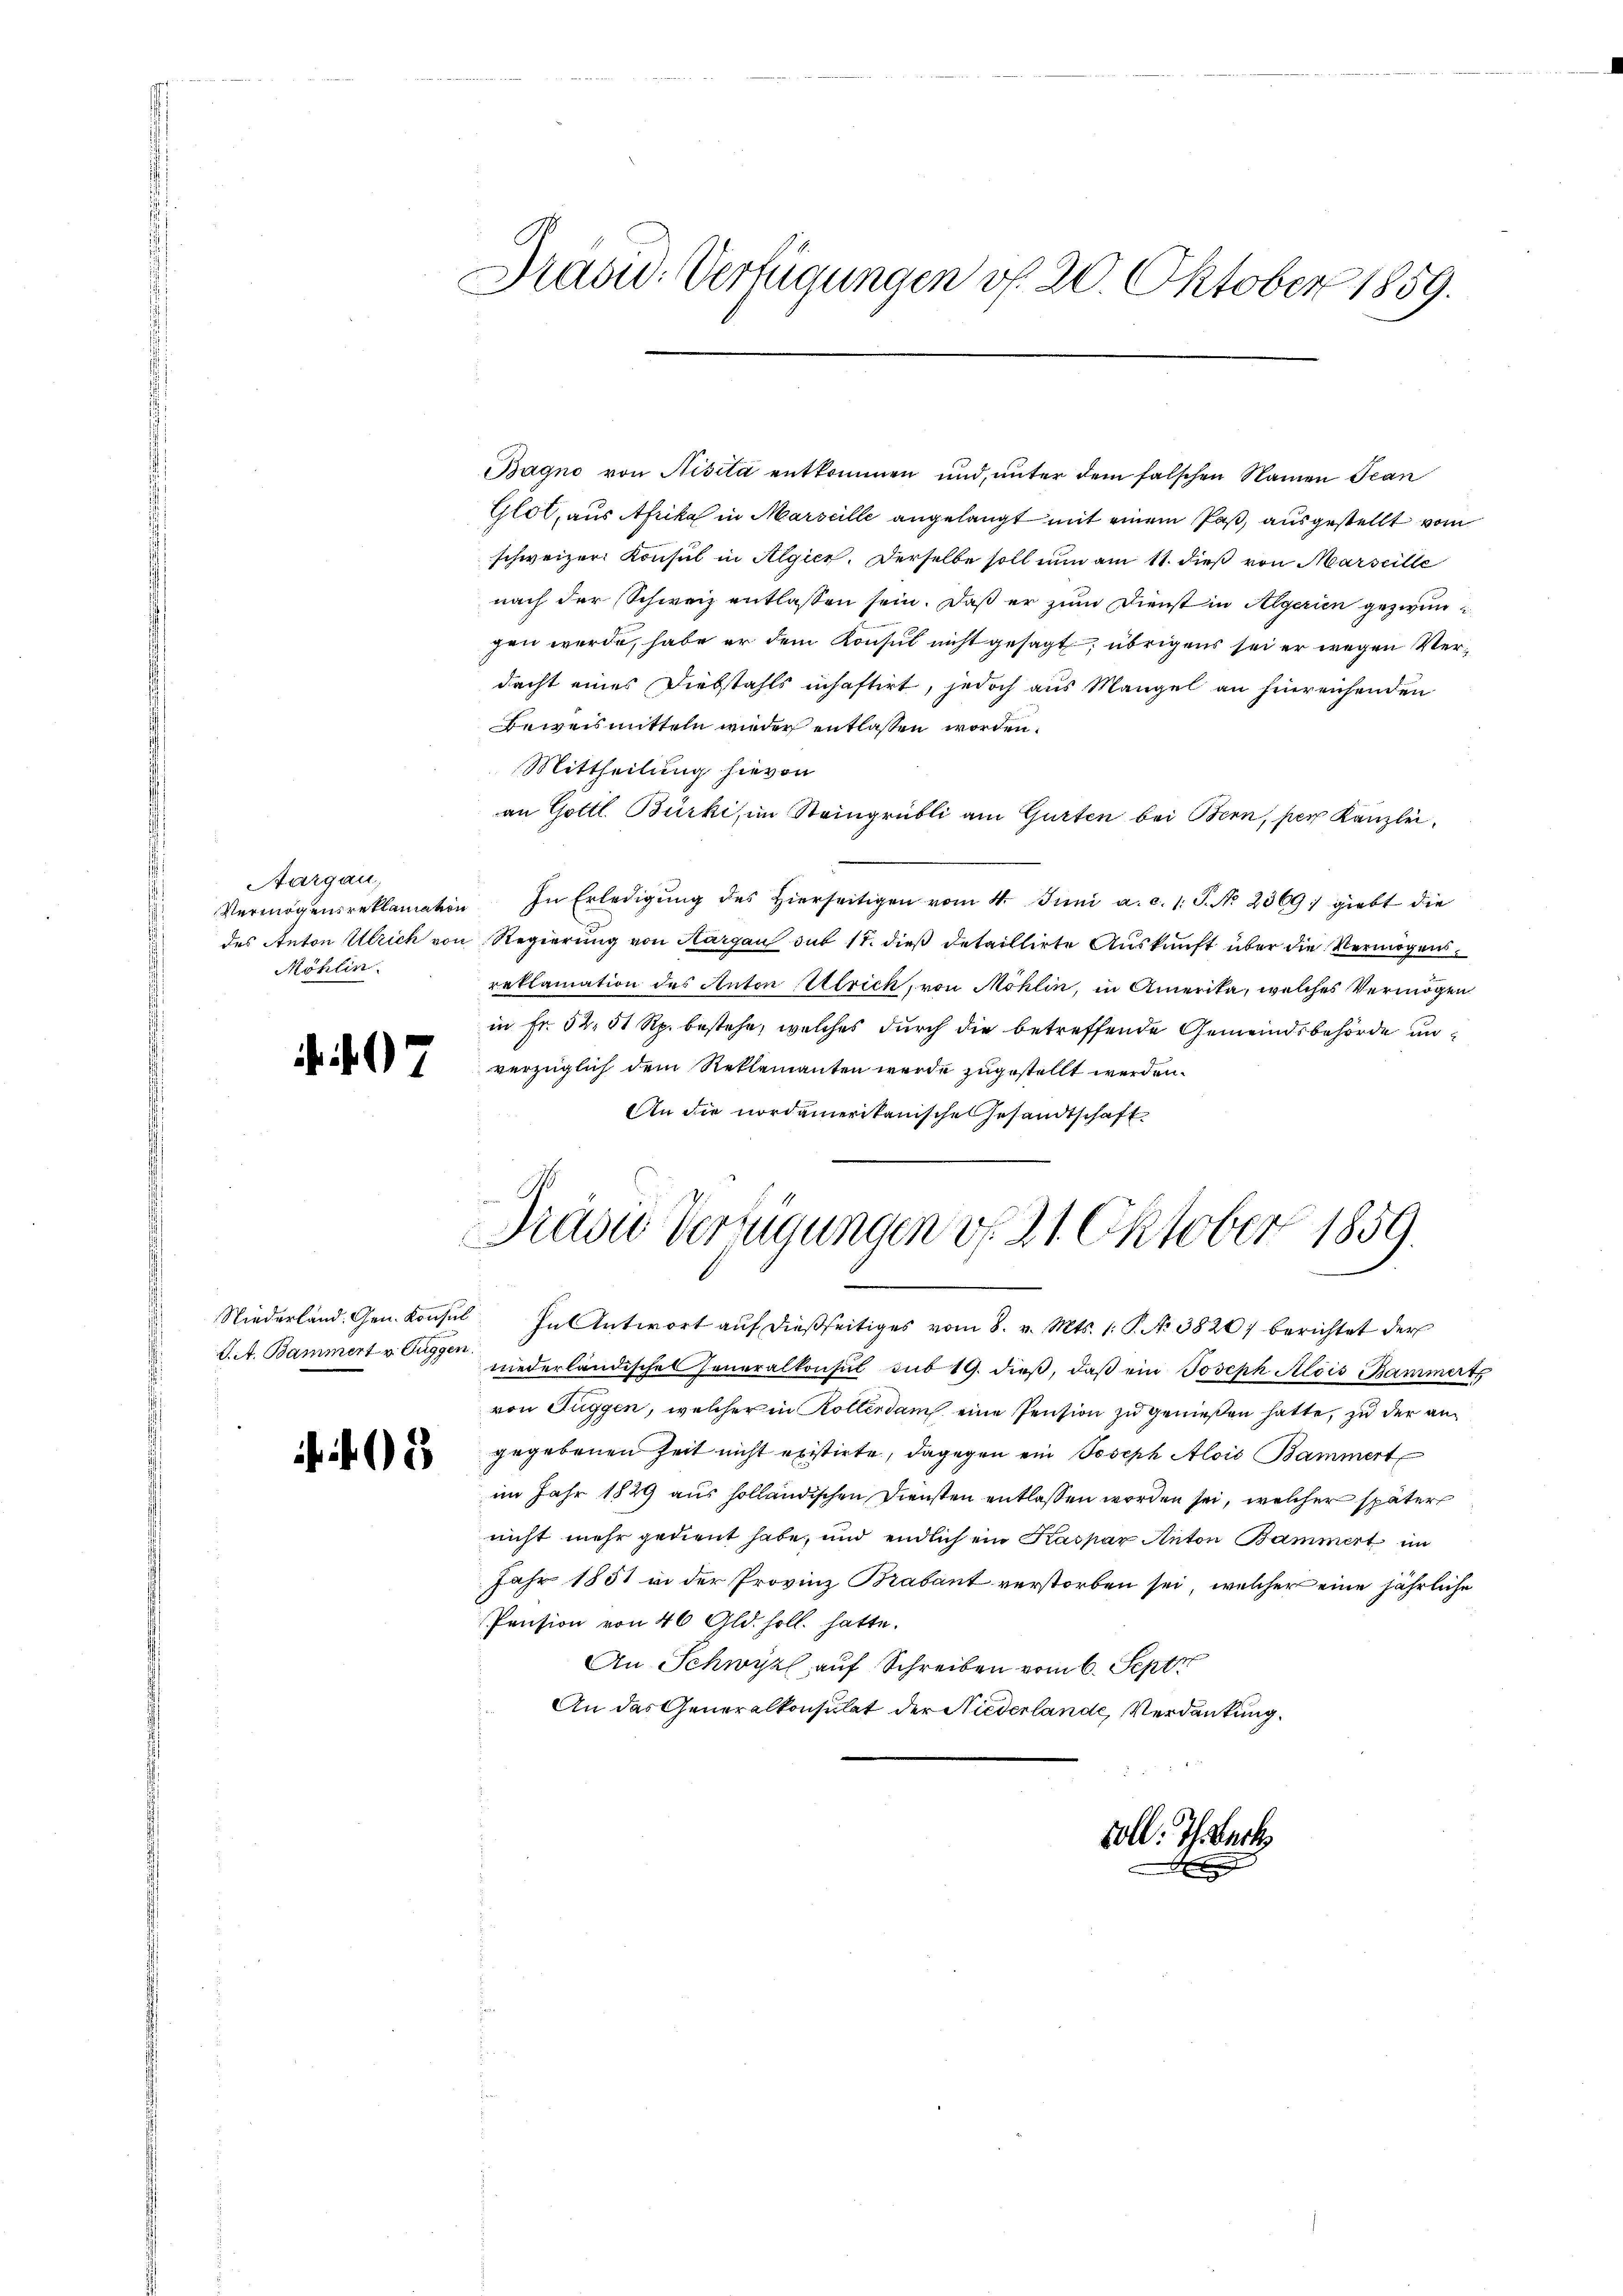
Aargau,
Möhlin

07

Prasw. Verfügungen v. 20. Oktober 1859.

Bagno von Nisita entkommen und unter dem falschen Namen Jean
Glot, aus Afrika in Marseille angelangt mit einem Paß, ausgestellt vom
schweizer Konsul in Algier. Derselbe soll nun am 11. dieß von Marseille
nach der Schweiz entlassen sein. Daß er zum Dienst in Algerien gezwungen wurde, habe er dem Konsul nicht gesagt, übrigens sei er wegen Verdacht eines Diebstahls inhaftirt, jedoch aus Mangel an hinreichenden
Beweismitteln wieder entlassen worden.
Mittheilung hievon
an Gottl. Bürki, in Steingrübli am Gurten bei Bern, per Kanzlei
Vermögensreklamation In Erledigŭng des hierseitigen vom 4. Juni a. c. 1. J. No. 2369) giebt die
des Anton Ulrich von Regierung von Aargau sub 11. dieß detaillirte Auskunft über die Vermögensreklamation des Anton Ulrich, von Möhlin, in Amerika, welches Vermögen
in Fr. 52. 51 Rp. bestehe, welches durch die betreffende Gemeindsbehörde unverzüglich dem Reklamanten werde zugestellt werden.
An die nordamerikanische Gesandtschaft

Dräder Verzugungen v. 21. Oktober 1859.

Niederland. Gen. Konsŭl. In Antwort aŭf dießseitiges vom 8. v. Mts. 1. P. No 3820) berichtet der
J. A. Bammert v. Augen niederländischen Generalkonsul sub 19. dieß, daß ein Joseph Alois Bammerts
von Tuggen, welcher in Rotterdam eine Pension zu genießen hatte, zu der an¬
 gegebenen Zeit nicht existirte, dagegen ein Joseph Alois Bammert
im Jahr 1829 aus solländischen Diensten entlassen worden sei, welcher später
nicht mehr gedient habe, und endlich ein Kaspar Anton Bammert im
Jahr 1851 in der Provinz Brabant verstorben sei, welcher eine jährliche
Pension von 40 Gld. Holl. hatte.
An Schwyz auf Schreiben vom 6. Sept.
An das Generalkonsulat der Niederlande, Verdankung.
soll. Ihrbeck